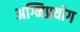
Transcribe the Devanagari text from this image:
अग्निप्रयोग